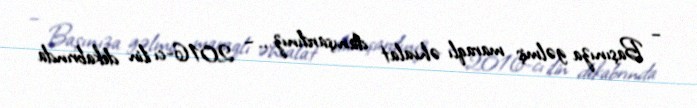
– Başınıza gəlmiş maraqlı əhvalat danışardınız... – 2016-cı ilin dekabrında